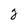
Character: g